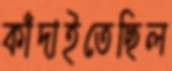
কাঁদাইতেছিল